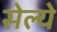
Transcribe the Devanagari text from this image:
सेल्ये